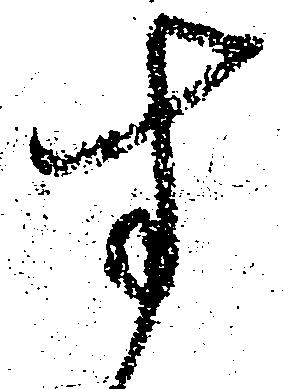
す